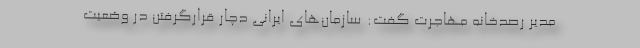
مدیر رصدخانه مهاجرت گفت: سازمان‌های ایرانی دچار قرارگرفتن در وضعیت